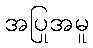
အပြုအမူ